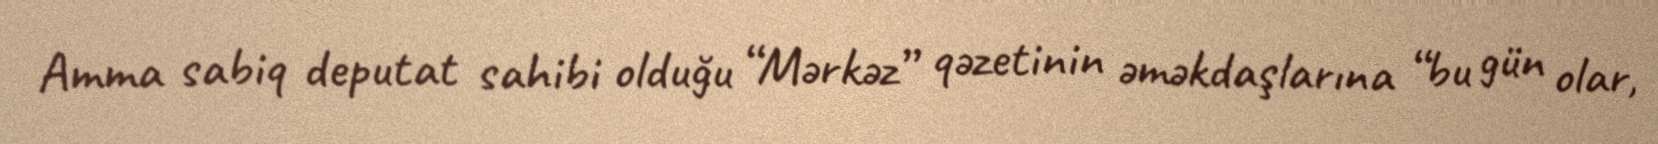
Amma sabiq deputat sahibi olduğu “Mərkəz” qəzetinin əməkdaşlarına “bu gün olar,